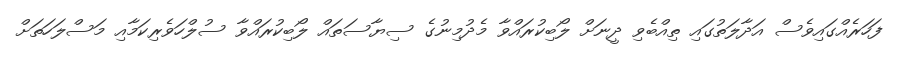
ފަހަރެއްގައިވެސް އަދާލަތުގައި ތިއްބެވި ދީނަށް ލޯބިކުރައްވާ މެދުމިނުގެ ސިޔާސަތައް ލޯބިކުރައްވާ ސުލްހަވެރިކަމާއި މަސްލަހަތަށް